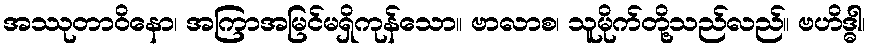
အဿုတာဝိနော၊ အကြာအမြင်မရှိကုန်သော။ ဗာလာစ၊ သူမိုက်တို့သည်လည်။ ဗဟိဒ္ဓါ၊